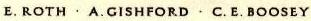
E.ROTH·A.GISHFORD·C.E.BOOSEY